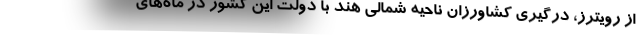
از رویترز، درگیری کشاورزان ناحیه شمالی هند با دولت این کشور در ماه‌های